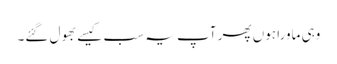
وہی ماورا ہوں پھر آپ یہ سب کیسے بھول گئے۔